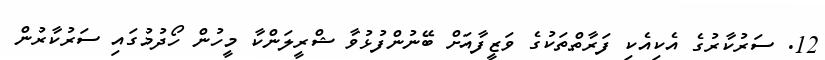
12. ސަރުކާރުގެ އެކިއެކި ފަރާތްތަކުގެ ވަޒީފާއަށް ބޭނުންފުޅުވާ ޝްރީލަންކާ މީހުން ހޯދުމުގައި ސަރުކާރުން